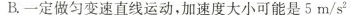
B.一定做匀变速直线运动，加速度大小可能是 5m/s^{2}